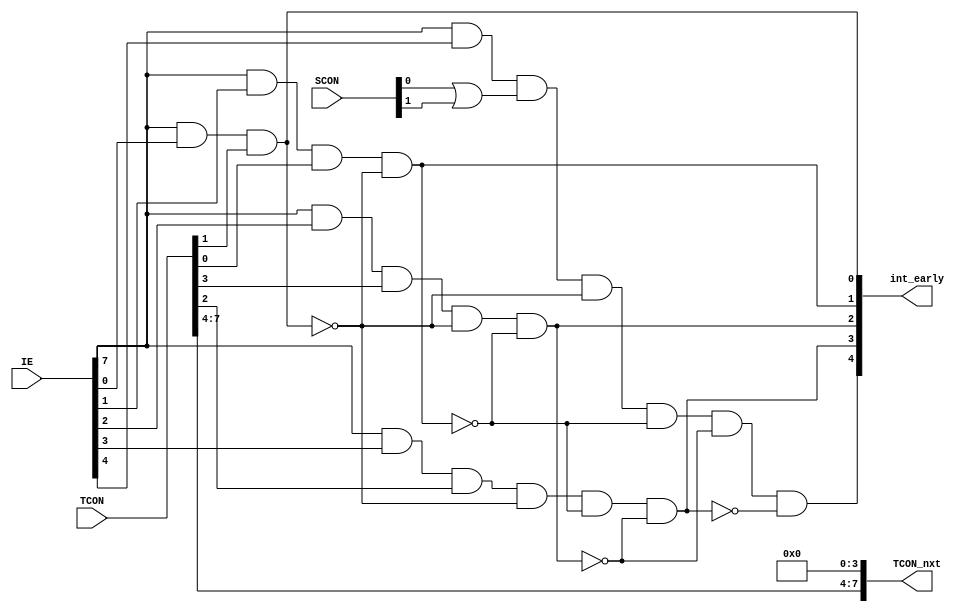
/*----------------------------------------
 *    function: Interupt arbiter to orgnize the priority of interupt
 *    Data: 2022-02-24
 *    Version: 1.0
 ----------------------------------------*/

module IntArbiter(
    input                   [7:0]                           IE,
    input                   [7:0]                           TCON,
    input                   [1:0]                           SCON,
    output                  [4:0]                           int_early,
    output                  [7:0]                           TCON_nxt
);
    wire                    [4:0]                           int_tmp;
    assign int_early = int_tmp;
    // int priority
    assign int_tmp[0]    = IE[7] & IE[0] & TCON[1];
    assign int_tmp[1]    = IE[7] & IE[1] & TCON[0] & ~int_tmp[0];
    assign int_tmp[2]    = IE[7] & IE[2] & TCON[3] & ~int_tmp[0] & ~int_tmp[1];
    assign int_tmp[3]    = IE[7] & IE[3] & TCON[2] & ~int_tmp[0] & ~int_tmp[1] & ~int_tmp[2];
    // assign int_tmp[3] = IE[7] & IE[3] & TCON[2] & ~int_tmp[0] & ~int_tmp[1] & ~int_tmp[2];
    assign int_tmp[4]    = IE[7] & IE[4] & (SCON[0]|SCON[1]) & ~int_tmp[0] & ~int_tmp[1] & ~int_tmp[2] & ~int_tmp[3];
    // int0/1 t0/1 interupt flag reset automatically
    assign TCON_nxt[3:0]  = 0;
    assign TCON_nxt[7:4]  = TCON[7:4];
    // assign TCON_nxt[1] = ~(TCON[1] & int_tmp[0]);
    // assign TCON_nxt[0] = ~(TCON[0] & int_tmp[1]);
    // assign TCON_nxt[3] = ~(TCON[3] & int_tmp[2]);
    // assign TCON_nxt[2] = ~(TCON[2] & int_tmp[3]);
endmodule